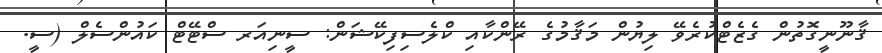
ޤާނޫނީގޮތުން ގެޒެޓްކުރެވޭ ލިޔުން މަޤާމުގެ ރޭންކާއި ކްލެސިފިކޭޝަން: ސީނިއަރ ސްޓޭޓް ކައުންސެލް (ސީ.